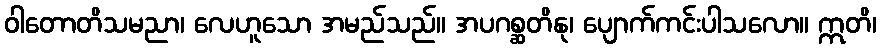
ဝါတောတိသမညာ၊ လေဟူသော အမည်သည်။ အပဂစ္ဆတိနု၊ ပျောက်ကင်းပါသလော။ ဣတိ၊